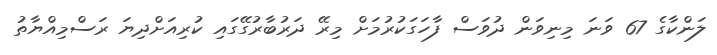
ލަންކާގެ 67 ވަނަ މިނިވަން ދުވަސް ފާހަގަކުރުމަށް މިރޭ ދަރުބާރުގޭގައި ކުރިއަށްދިޔަ ރަސްމިއްޔާތު